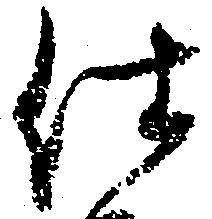
仕